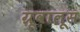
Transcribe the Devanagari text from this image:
ग्रूवालूस